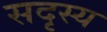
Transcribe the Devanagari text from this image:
सदृस्य